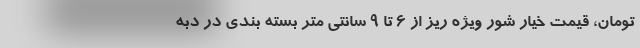
تومان، قیمت خیار شور ویژه ریز از 6 تا 9 سانتی متر بسته بندی در دبه